Report of the Bombay Veterinary College
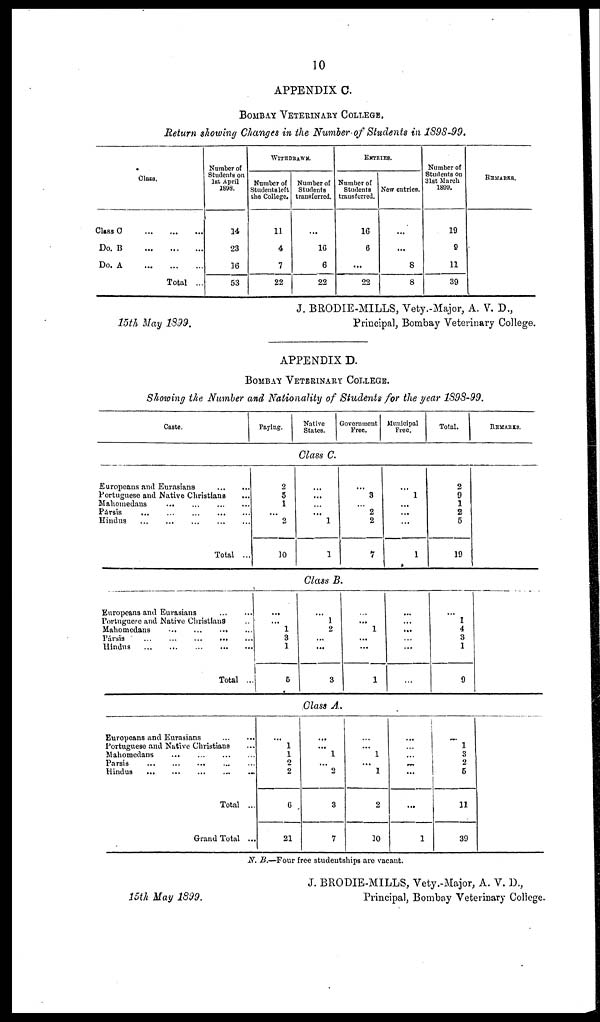
10
APPENDIX C.
BOMBAY VETERINARY COLLEGE.
Return showing Changes in the Number of Students in 1898-99.
Class.
Class C
Do. B
Do. A
... ... ....
... ... ...
Total ...
Number of
Students on
1st April
1898.
14
23
16
53
WITHDRAWN.
Number of
Students left
the College.
11
4
7
22
Number of
Students
transferred.
...
16
6
22
ENTRIES.
Number of
Students
transferred.
16
6
...
22
New entries.
...
...
8
8
Number of
Students on
31st March
1899.
19
9
11
39
REMARKS.
J. BRODIE-MILLS, Vety.-Major, A. V. D.,
15th May 1899.
Principal, Bombay Veterinary College.
APPENDIX D.
BOMBAY VETERINARY COLLEGE.
Showing the Number and Nationality of Students for the year 1898-99.
Caste.
Paying.
Native
States.
Government
Free.
Municipal
Free.
Total.
REMARKS.
Class C.
Europeans and Eurasians ... ...
Portuguese and Native Christians
Mahomedans
...
...
...
...
Pársis ... ... ... ...
Hindus ... ... ... ...
Total ...
2
5
1
...
2
10
...
...
...
...
1 1
...
3
...
2
2
7
...
1
...
...
...
1
2
9
1
2
5
19
Class B.
Europeans and Eurasians
...
...
Portuguese and Native Christians
Mahomedans
...
...
...
...
Pársis
...
...
...
...
Hindus
...
...
...
...
Total ...
...
...
1
3
1 5
...
1
2
...
...
3
...
...
1
...
...
1
...
...
...
...
...
...
...
1
4
3
1 9
Class A.
Europeans and Eurasians
...
...
Portuguese and Native Christians
Mahomedans
...
...
Parsis
...
...
...
...
Hindus...
...
...
...
Total ...
Grand Total ...
1
1
2
2
6
21
...
1
...
2
3
7
...
1
...
1
2
30
...
...
...
...
...
1
1
3
2
5
11
39
N.B.—Four free studentships are vacant.
J. BRODIE-MILLS, Vety.-Major, A. V. D.,
15th May 1899.
Principal, Bombay Veterinary College.